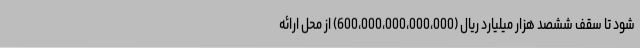
شود تا سقف ‌ششصد هزار میلیارد ریال (600،000،000،000،000) از محل ‌ارائه